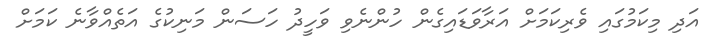
އަދި މިކަމުގައި ވެރިކަމަށް އަރާވަޑައިގެން ހުންނެވި ވަހީދު ހަސަން މަނިކުގެ އަތެއްވާނެ ކަމަށް